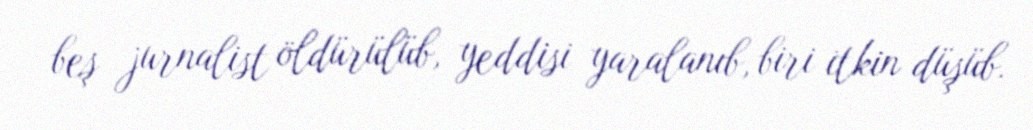
beş jurnalist öldürülüb, yeddisi yaralanıb, biri itkin düşüb.